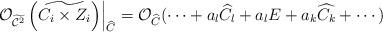
LaTeX: \begin{align*}\left. \mathcal{O}_{\widetilde{\mathcal{C}^{2}}}\left( \widetilde{C_{i}\times Z_{i}}\right) \right\vert _{\widehat{C}}=\mathcal{O}_{\widehat{C}}(\cdots+a_{l}\widehat{C_{l}}+a_{l}E+a_{k}\widehat{C_{k}}+\cdots)\end{align*}